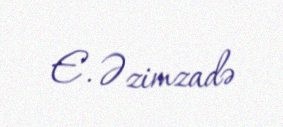
E. Əzimzadə